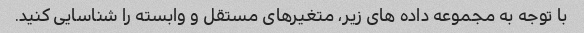
با توجه به مجموعه داده های زیر، متغیرهای مستقل و وابسته را شناسایی کنید.